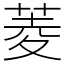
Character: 菱